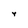
Character: Y